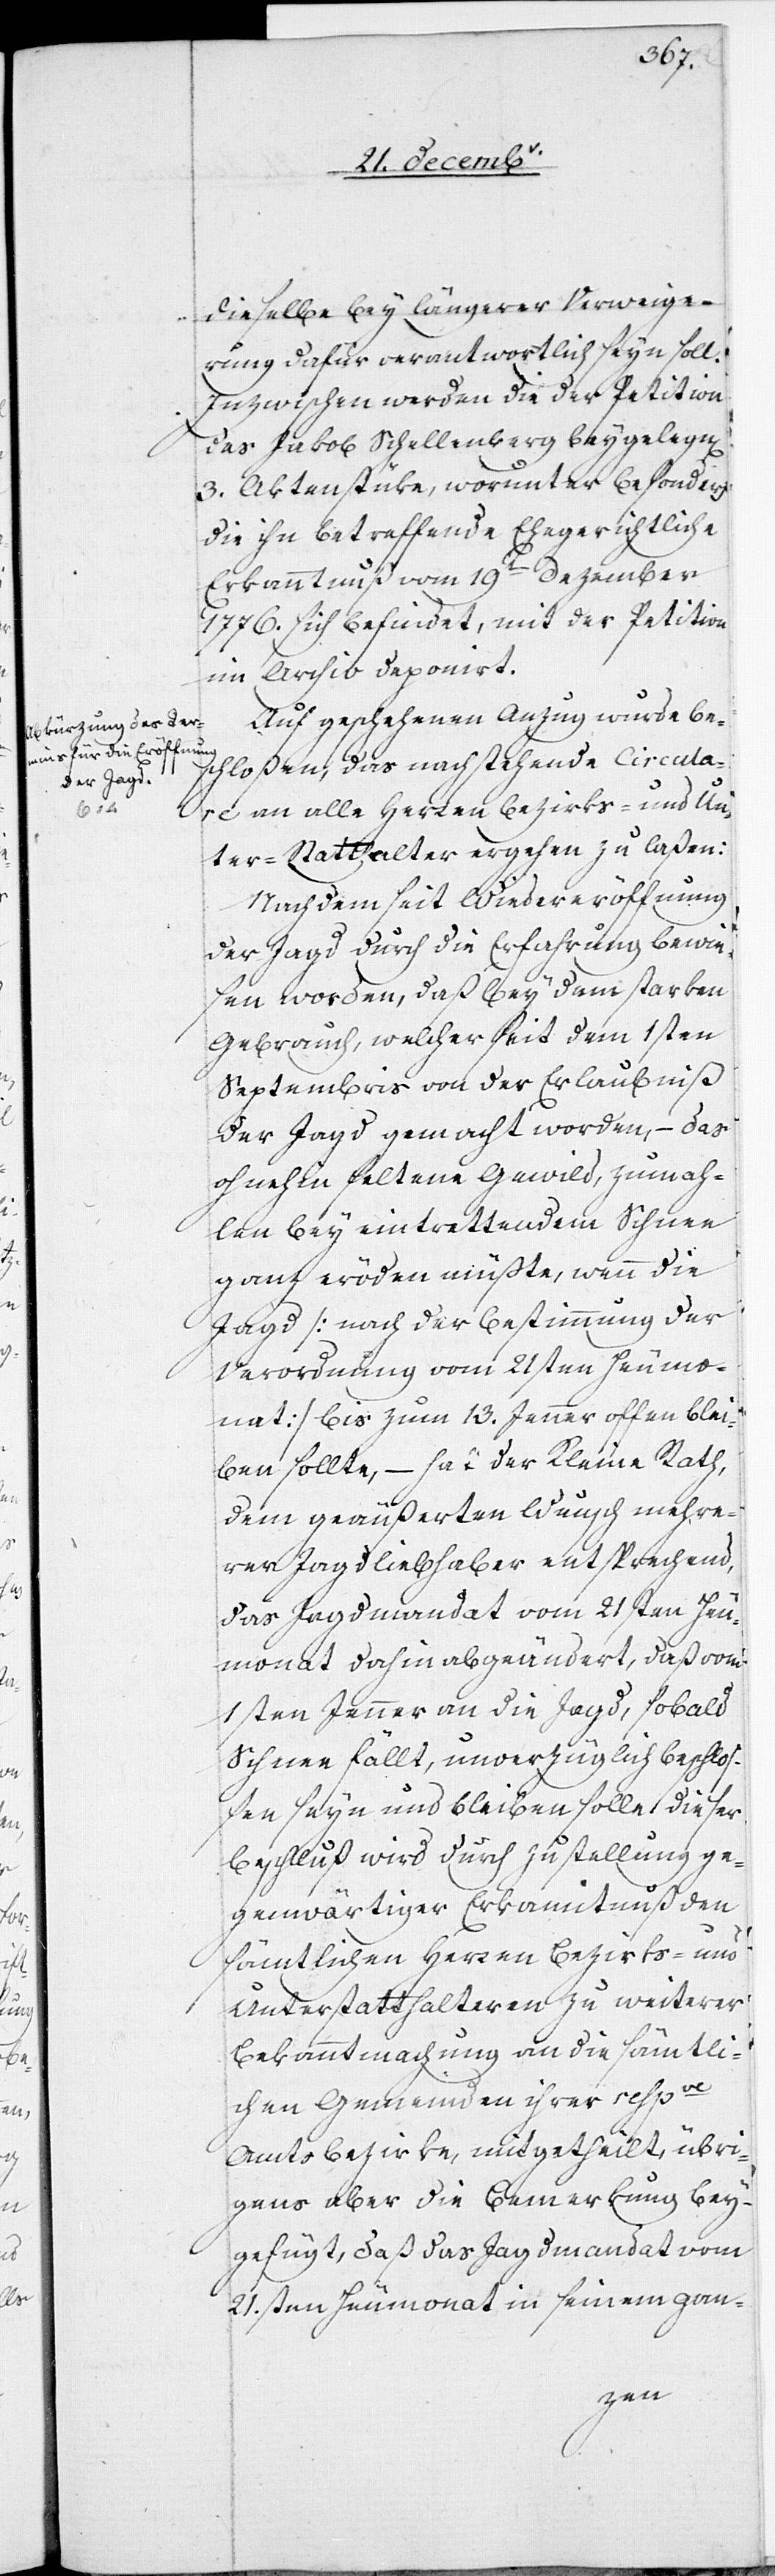
dieselbe bey längerer Verweige¬
rung dafür verantwortlich seyn soll.
Inzwischen werden die der Petition
des Jakob Schellenberg beygelegten
3. Aktenstüke, worunter besonders
die ihn betreffende Ehegerichtliche
Erkanntnuß vom 19ten Dezember
1776. sich befindet, mit der Petition
im Archiv deponirt.
Auf geschehenen Anzug wurde be¬
schloßen, das nachstehende Circula¬
re an alle Herren Bezirks- und Un¬
ter-Statthalter ergehen zu laßen:
Nachdem seit Wiedereröffnung
der Jagd durch die Erfahrung bewie¬
sen worden, daß bey dem starken
Gebrauch, welcher seit dem 1sten
Septembris von der Erlaubniß
der Jagd gemacht worden, – das
ohnehin seltene Gewild, zumah¬
len bey eintrettendem Schnee
ganz eröden müßte, wenn die
Jagd [nach der Bestimmung der
Verordnung vom 21sten Heumo¬
nat] bis zum 13. Jenner offen blei¬
ben sollte, – hat der Kleine Rath,
dem geäußerten Wunsch mehre¬
rer Jagdliebhaber entsprechend,
das Jagdmandat vom 21sten Heu¬
monat dahin abgeändert, daß vom
1sten Jenner an die Jagd, sobald
Schnee fällt, unverzüglich beschloß¬
en seyn und bleiben solle. Dieser
Beschluß wird durch Zustellung ge¬
genwärtiger Erkanntnuß den
sämtlichen Herren Bezirks- und
Unterstatthalteren zu weiterer
Bekanntmachung an die sämtli¬
chen Gemeinden ihrer respve
Amtsbezirke, mitgetheilt, übri¬
gens aber die Bemerkung bey¬
gefügt, daß das Jagdmandat vom
21.sten Heumonat in seinem gan-